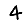
Digit: 4